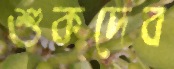
শুকদেব